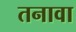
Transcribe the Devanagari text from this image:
तनावा